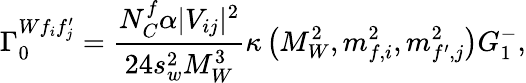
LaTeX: \Gamma_{0}^{Wf_{i}f_{j}^{\prime}}=\frac{N_{C}^{f}\alpha|V_{ij}|^{2}}{24s_{w}^{2}M_{W}^{3}}\kappa\left(M_{W}^{2},m_{f,i}^{2},m_{f^{\prime},j}^{2}\right)G_{1}^{-},